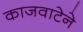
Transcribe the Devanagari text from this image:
काजवाटेने